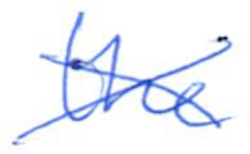
Text: the
Cross-out: cross
Writing tool: ballpoint